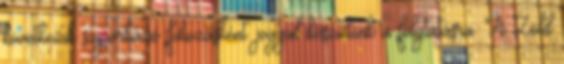
következik sziporkázó fokozásként. joggal készülünk a folytatásra. A Zöld